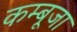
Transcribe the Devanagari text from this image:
कम्बूजा